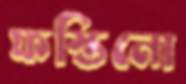
ফস্তিনো